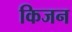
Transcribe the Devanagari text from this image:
किजन